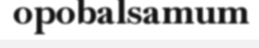
opobalsamum